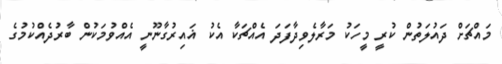
މައްޗަށް ދައުލަތުން ކުރީ މީހަކު މަރާލެވިދާފަދަ އެއްޗަކާ އެކު ޣައިރުގާނޫނީ އެއްވުމަކުން ބާރުދެއްކުމުގެ